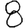
Digit: 8